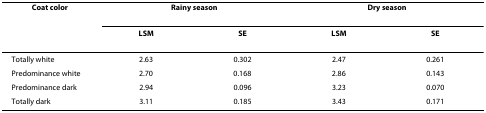
| Coat color | <COLSPAN=2> Rainy season | <COLSPAN=2> Dry season |
 |  | LSM | SE | LSM | SE |
 | --- | --- | --- | --- | --- |
 | Totally white | 2.63 | 0.302 | 2.47 | 0.261 |
 | Predominance white | 2.70 | 0.168 | 2.86 | 0.143 |
 | Predominance dark | 2.94 | 0.096 | 3.23 | 0.070 |
 | Totally dark | 3.11 | 0.185 | 3.43 | 0.171 |